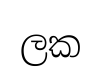
ලක